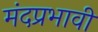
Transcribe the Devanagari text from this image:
मंदप्रभावी